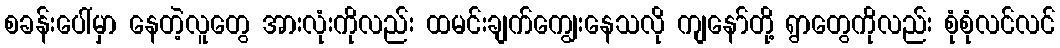
စခန်းပေါ်မှာ နေတဲ့လူတွေ အားလုံးကိုလည်း ထမင်းချက်ကျွေးနေသလို ကျနော်တို့ ရွာတွေကိုလည်း စုံစုံလင်လင်